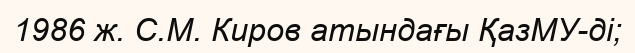
1986 ж. С.М. Киров атындағы ҚазМУ-ді;